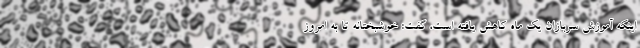
اینکه آموزش سربازان یک ماه کاهش یافته است، گفت: خوشبختانه تا به امروز